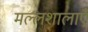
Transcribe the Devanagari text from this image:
मल्लशालाएँ